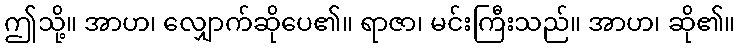
ဤသို့။ အာဟ၊ လျှောက်ဆိုပေ၏။ ရာဇာ၊ မင်းကြီးသည်။ အာဟ၊ ဆို၏။